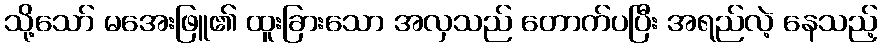
သို့သော် မအေးဖြူ၏ ထူးခြားသော အလှသည် တောက်ပပြီး အရည်လဲ့ နေသည့်